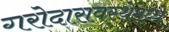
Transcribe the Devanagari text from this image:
गरोदारावस्थेमध्ये